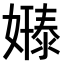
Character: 𫱸